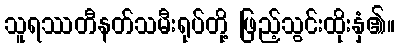
သူရဿတီနတ်သမီးရုပ်တို့ ဖြည့်သွင်းထိုးနှံ၏။